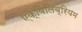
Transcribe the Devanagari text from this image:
ऍक्विलिब्रियम